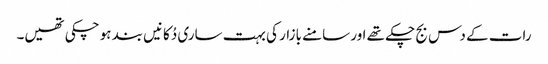
رات کے دس بج چکے تھے اور سامنے بازار کی بہت ساری دُکانیں بند ہو چکی تھیں۔